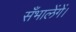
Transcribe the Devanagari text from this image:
सँभालेंगें।